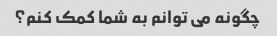
چگونه می توانم به شما کمک کنم؟